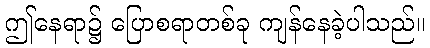
ဤနေရာ၌ ပြောစရာတစ်ခု ကျန်နေခဲ့ပါသည်။